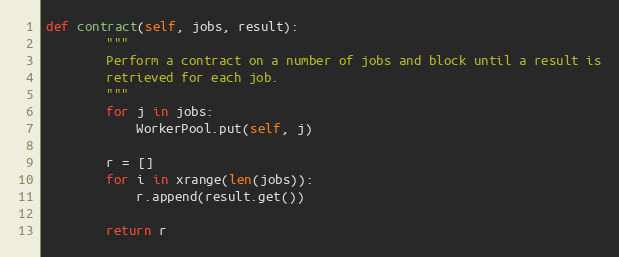
Language: Python
def contract(self, jobs, result):
        """
        Perform a contract on a number of jobs and block until a result is
        retrieved for each job.
        """
        for j in jobs:
            WorkerPool.put(self, j)

        r = []
        for i in xrange(len(jobs)):
            r.append(result.get())

        return r